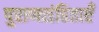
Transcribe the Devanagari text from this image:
पुराणसंहिताएँ